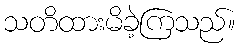
သတိထားမိခဲ့ကြသည်။